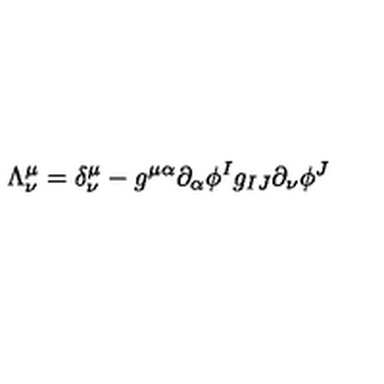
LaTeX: \Lambda _ { \nu } ^ { \mu } = \delta _ { \nu } ^ { \mu } - g ^ { \mu \alpha } \partial _ { \alpha } \phi ^ { I } g _ { I J } \partial _ { \nu } \phi ^ { J }